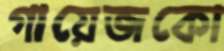
গায়েজকো